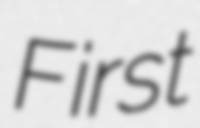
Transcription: First